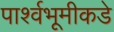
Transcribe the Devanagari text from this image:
पार्श्वभूमीकडे